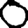
Digit: 0